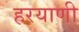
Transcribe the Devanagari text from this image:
हरयाणी